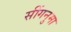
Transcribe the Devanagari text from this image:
सींगनुमा